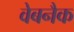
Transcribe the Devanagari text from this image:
वेबनैक